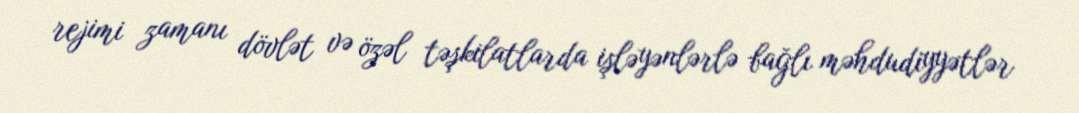
rejimi zamanı dövlət və özəl təşkilatlarda işləyənlərlə bağlı məhdudiyyətlər